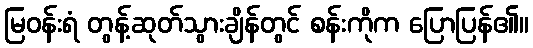
မြဝန်းရံ တွန့်ဆုတ်သွားချိန်တွင် စန်းကိုက ပြောပြန်၏။